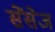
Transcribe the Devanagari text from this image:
सेंसेज